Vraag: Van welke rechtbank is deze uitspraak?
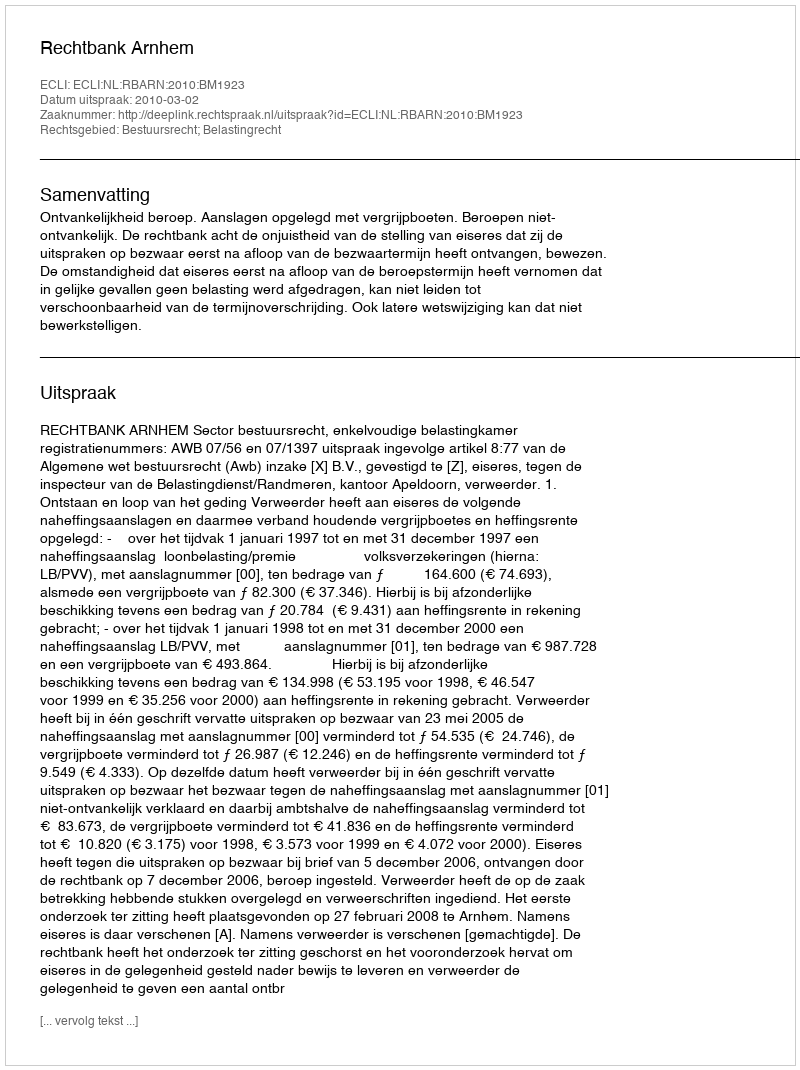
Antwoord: Rechtbank Arnhem